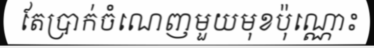
តែប្រាក់ចំណេញមួយមុខប៉ុណ្ណោះ